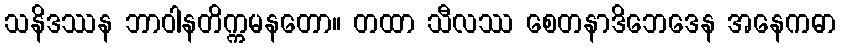
သနိဒဿန ဘာဝါနတိက္ကမနတော။ တထာ သီလဿ စေတနာဒိဘေဒေန အနေကဓာ